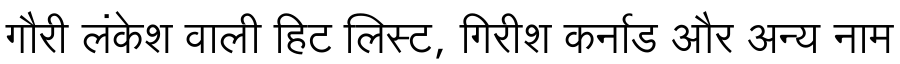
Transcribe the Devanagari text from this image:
गौरी लंकेश वाली हिट लिस्ट, गिरीश कर्नाड और अन्य नाम